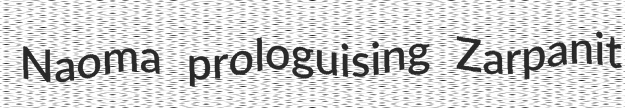
Naoma prologuising Zarpanit